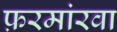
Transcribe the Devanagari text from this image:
फ़रमांरवा